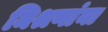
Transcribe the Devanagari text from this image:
मिश्रणांना